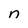
Character: n